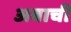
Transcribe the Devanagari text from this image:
अबाची